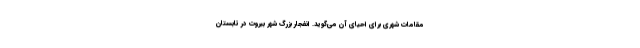
مقامات شهری برای احیای آن می‌گوید. انفجار بزرگ شهر بیروت در تابستان